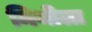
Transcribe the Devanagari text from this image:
मिथीला